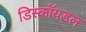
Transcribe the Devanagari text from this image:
डिस्कॉयडल